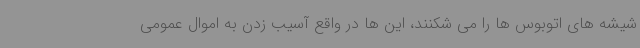
شیشه های اتوبوس ها را می شکنند، این ها در واقع آسیب زدن به اموال عمومی